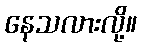
နေသလားလို့။